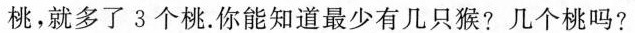
桃，就多了3个桃.你能知道最少有几只猴？几个桃吗？